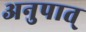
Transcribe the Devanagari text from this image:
अनुपात्